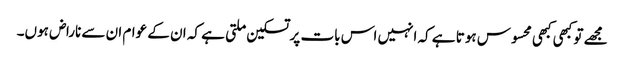
مجھے تو کبھی کبھی محسوس ہوتا ہے کہ انہیں اس بات پر تسکین ملتی ہے کہ ان کے عوام ان سے ناراض ہوں۔